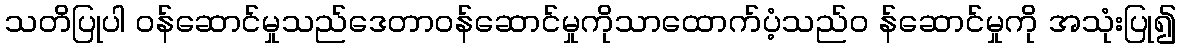
သတိပြုပါ ဝန်ဆောင်မှုသည်ဒေတာဝန်ဆောင်မှုကိုသာထောက်ပံ့သည်၀ န်ဆောင်မှုကို အသုံးပြု၍